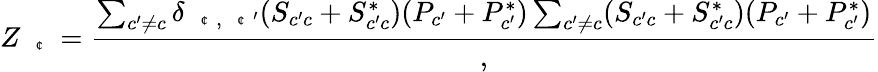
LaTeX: Z_{\mathrm{~\scriptsize~\textit~{~\textcent~}~}}=\frac{\sum_{c^{\prime}\neq c}\delta_{\mathrm{~\scriptsize~\textit~{~\textcent~}~},\mathrm{~\scriptsize~\textit~{~\textcent~}~}^{\prime}}(S_{c^{\prime}c}+S_{c^{\prime}c}^{*})(P_{c^{\prime}}+P_{c^{\prime}}^{*})\sum_{c^{\prime}\neq c}(S_{c^{\prime}c}+S_{c^{\prime}c}^{*})(P_{c^{\prime}}+P_{c^{\prime}}^{*})},